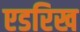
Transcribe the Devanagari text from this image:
एडरिख